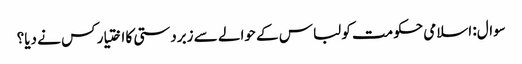
سوال: اسلامی حکومت کو لباس کے حوالے سے زبردستی کا اختیار کس نے دیا؟